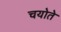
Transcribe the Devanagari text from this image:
चयोते